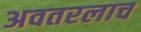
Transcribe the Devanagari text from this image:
अवतरलाच